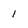
Character: 1